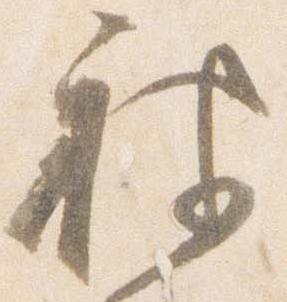
被